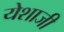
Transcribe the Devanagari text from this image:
येशाजी